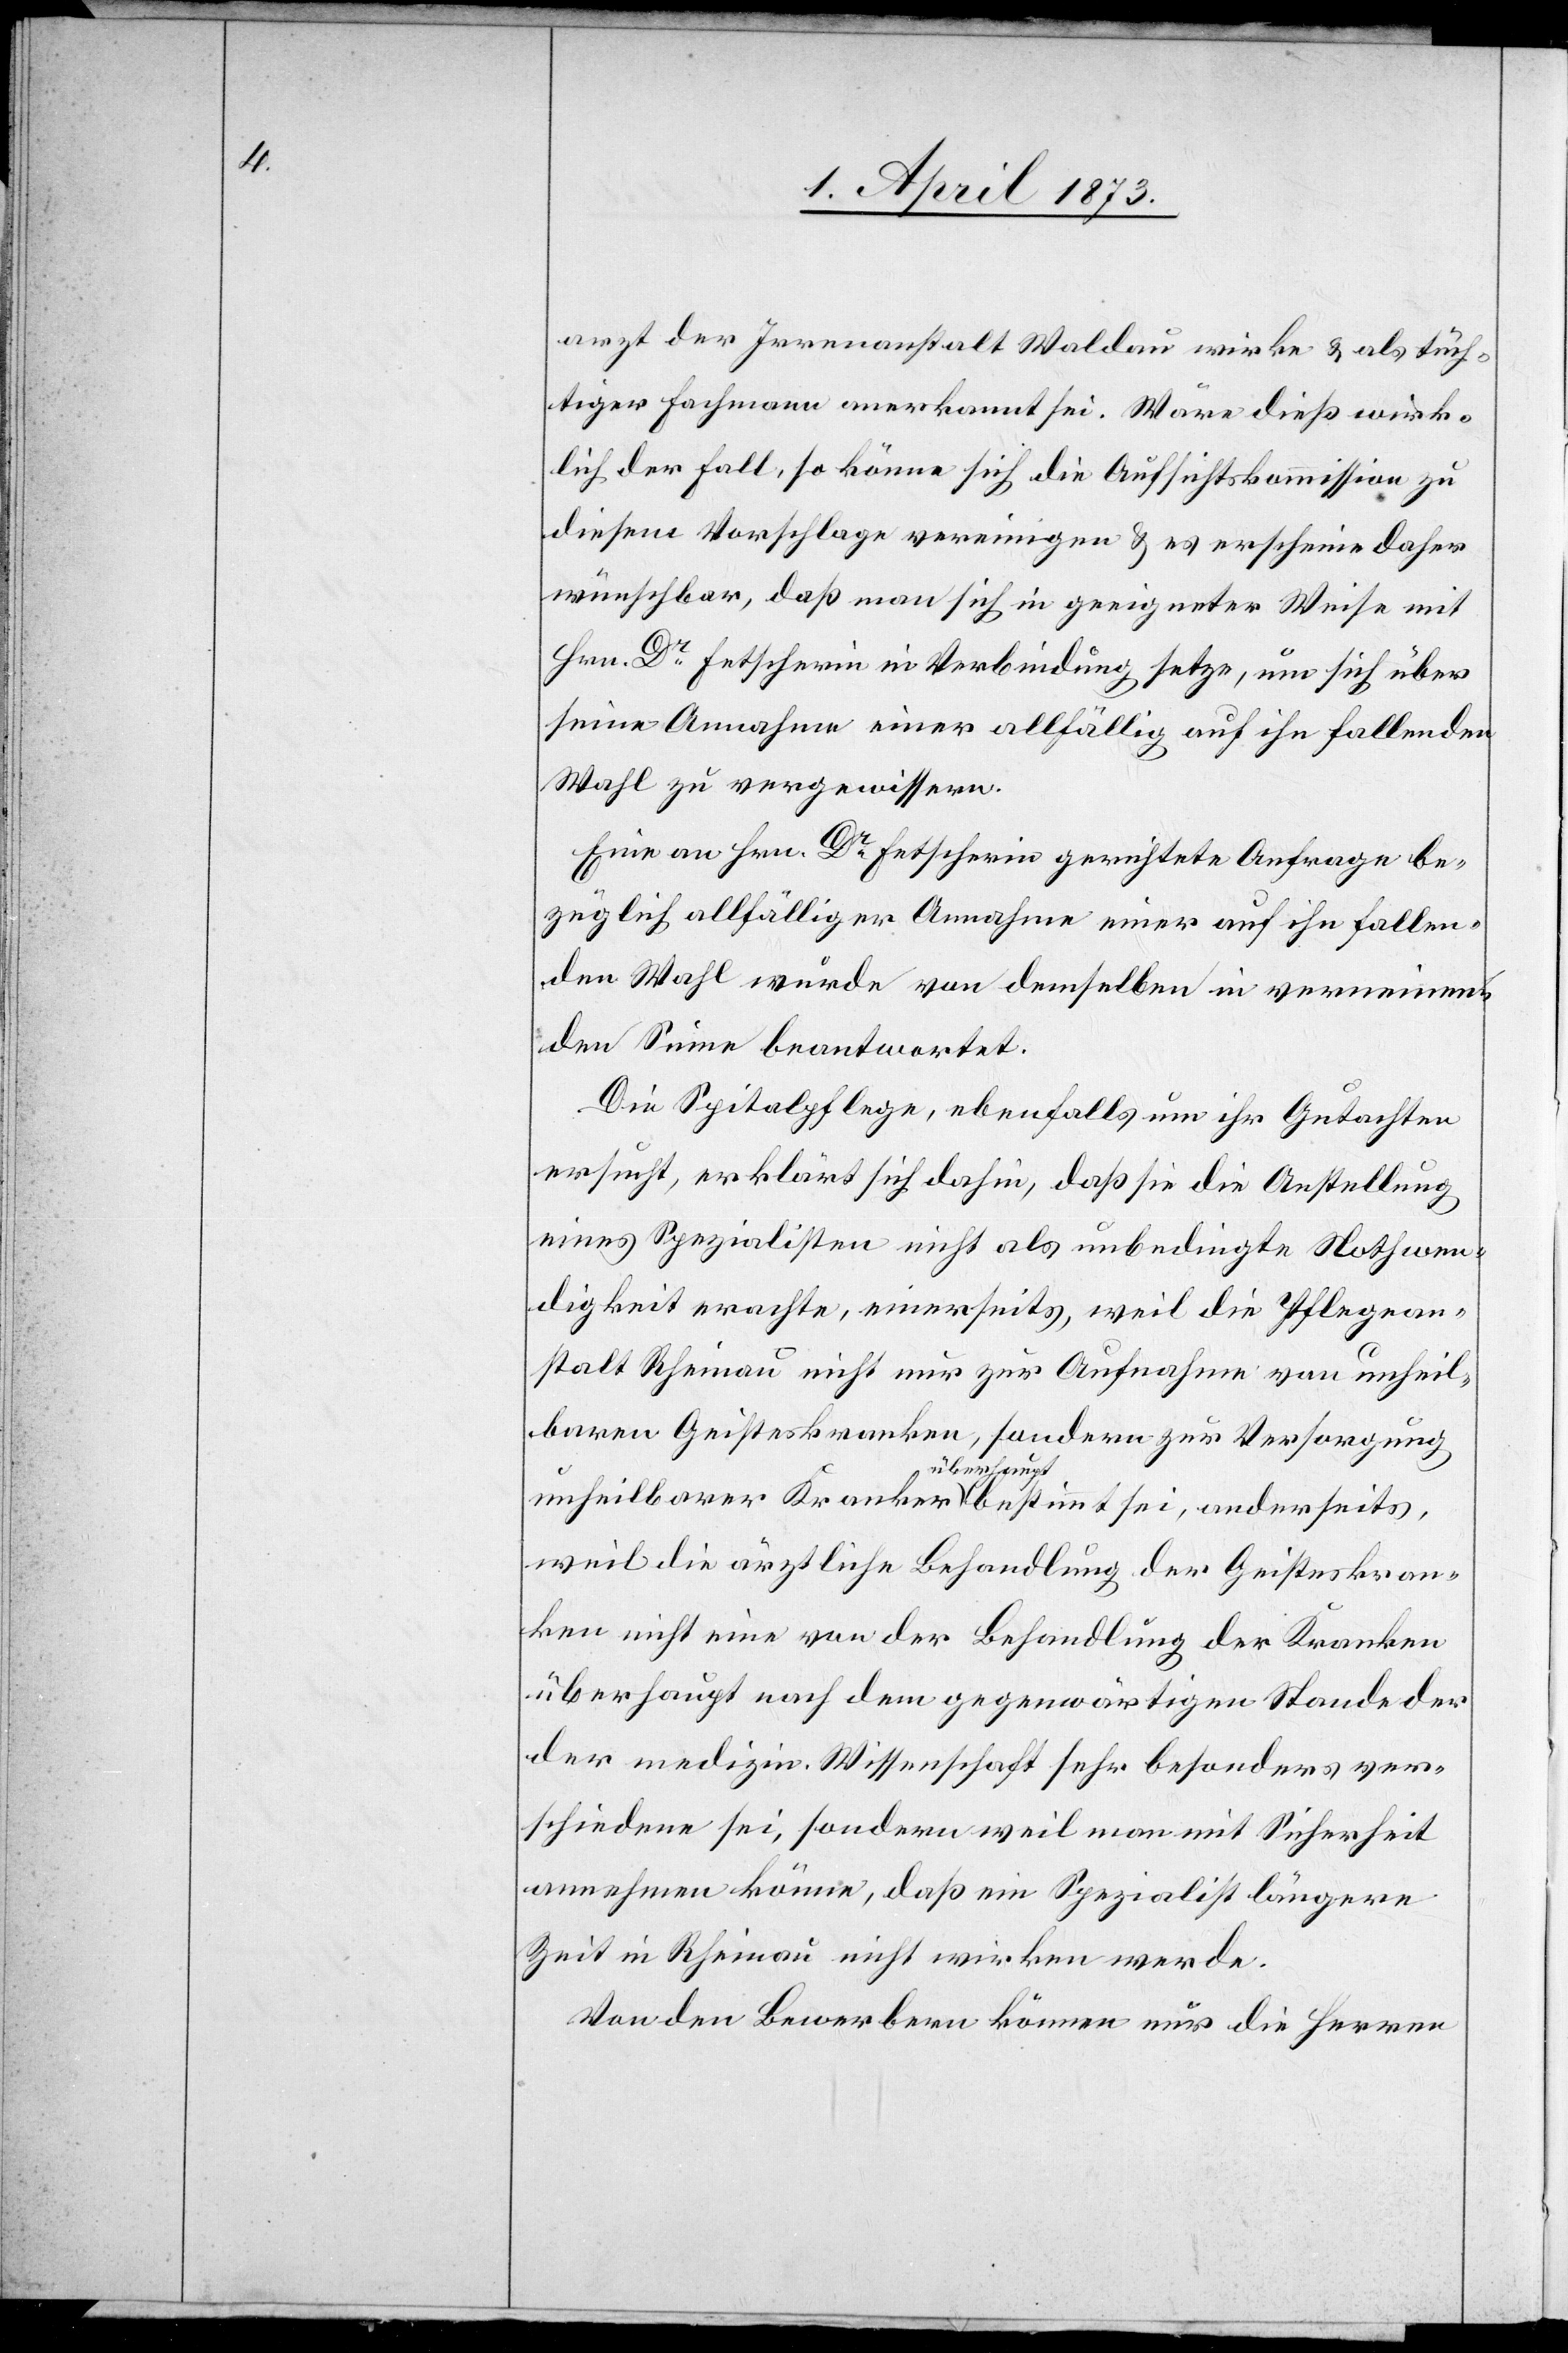
arzt der Irrenanstalt Waldau wirke u. als tüch¬
tiger Fachmann anerkannt sei. Wäre dieß wirk¬
lich der Fall, so könne sich die Aufsichtskommission zu
diesem Vorschlage vereinigen u. es erscheine daher
wünschbar, daß man sich in geeigneter Weise mit
Hrn. Dr Fetscherin in Verbindung setze, um sich über
seine Annahme einer allfällig auf ihn fallenden
Wahl zu vergewissern.
Eine an Hrn. Dr Fetscherin gerichtete Anfrage be¬
züglich allfälliger Annahme einer auf ihn fallen¬
den Wahl würde von demselben in verneinenden
Sinne beantwortet.
Die Spitalpflege, ebenfalls um ihr Gutachten
ersucht, erklärt sich dahin, daß sie die Anstellung
eines Spezialisten nicht als unbedingte Nothwen¬
digkeit erachte, einerseits, weil die Pflegean¬
stalt Rheinau nicht nur zur Aufnahme von unheil¬
baren Geisteskranken, sondern zur Versorgung
unheilbarer Kranken überhaupt bestimmt sei, andererseits,
weil die ärztliche Behandlung der Geisteskran¬
ken nicht eine von der Behandlung der Kranken
überhaupt nach dem gegenwärtigen Stande der
der [sic!] medizin. Wissenschaft sehr besonders ver¬
schiedene sei, sondern weil man mit Sicherheit
annehmen könne, daß ein Spezialist längere
Zeit in Rheinau nicht wirken werde.
Von den Bewerbern können nur die Herren